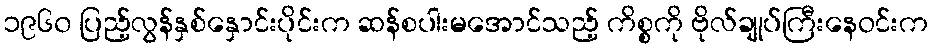
၁၉၆၀ ပြည့်လွန်နှစ်နှောင်းပိုင်းက ဆန်စပါးမအောင်သည့် ကိစ္စကို ဗိုလ်ချုပ်ကြီးနေဝင်းက